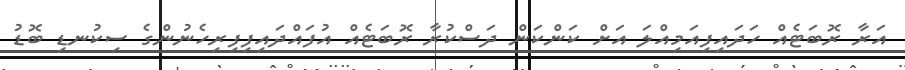
އަރާ ރޮބަޓެއް ހަދައިފިއަމިއްލަ އަށް ކަންކަން ދަސްކުރާ ރޮބަޓެއް އުފައްދައިފިފިރިހެނުންގެ ސިކުނޑި ބޮޑު